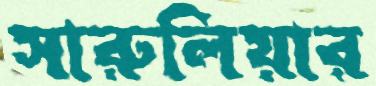
সারুলিয়ার